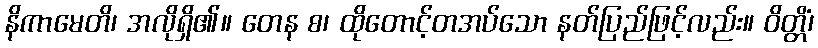
နိကာမေတိ၊ အလိုရှိ၏။ တေန စ၊ ထိုတောင့်တအပ်သော နတ်ပြည်ဖြင့်လည်း။ ဝိတ္တိံ၊